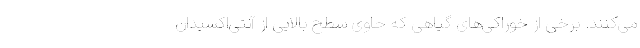
می‌کنند. برخی از خوراکی‌های گیاهی که حاوی سطح بالایی از آنتی‌اکسیدان